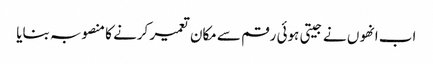
اب انھوں نے جیتی ہوئی رقم سے مکان تعمیر کرنے کا منصوبہ بنایا